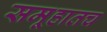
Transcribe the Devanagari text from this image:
समूहातच